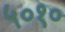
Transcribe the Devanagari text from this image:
५०१०